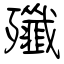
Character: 殲